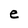
Character: e